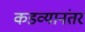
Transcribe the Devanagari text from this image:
कडव्यानंतर